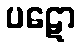
ပဋော